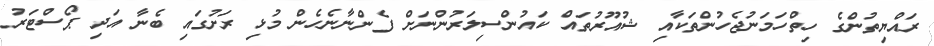
ރައްޔިތުންގެ ހިތްހަމަނުޖެހުންތަކާއި ޝުއޫރުތައް ކައުންސިލަރުންނަށް ފެންނާނެހެން މުޅި ރަށުގައި ބެނާ އަދި ޕޯސްޓަރު